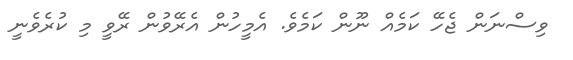
ވިސްނަން ޖެހޭ ކަމެއް ނޫން ކަމެވެ. އެމީހުން އެރޭވުން ރޭވީ މި ކުރެވެނީ